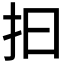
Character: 𢪏